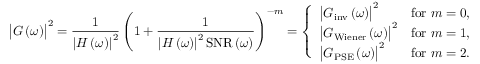
\bigl | G \left( \omega \right) \bigr | ^ { 2 } = \frac { 1 } { \left| H \left( \omega \right) \right| ^ { 2 } } \left( 1 + \frac { 1 } { \left| H \left( \omega \right) \right| ^ { 2 } \mathrm { S N R } \left( \omega \right) } \right) ^ { - m } = \left\{ \begin{array} { l l } { \bigl | G _ { \mathrm { i n v } } \left( \omega \right) \bigr | ^ { 2 } } & { \mathrm { f o r ~ } m = 0 , } \\ { \bigl | G _ { \mathrm { W i e n e r } } \left( \omega \right) \bigr | ^ { 2 } } & { \mathrm { f o r ~ } m = 1 , } \\ { \bigl | G _ { \mathrm { P S E } } \left( \omega \right) \bigr | ^ { 2 } } & { \mathrm { f o r ~ } m = 2 . } \end{array} \right.